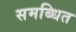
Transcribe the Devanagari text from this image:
समब्धित